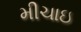
મીચાઇ